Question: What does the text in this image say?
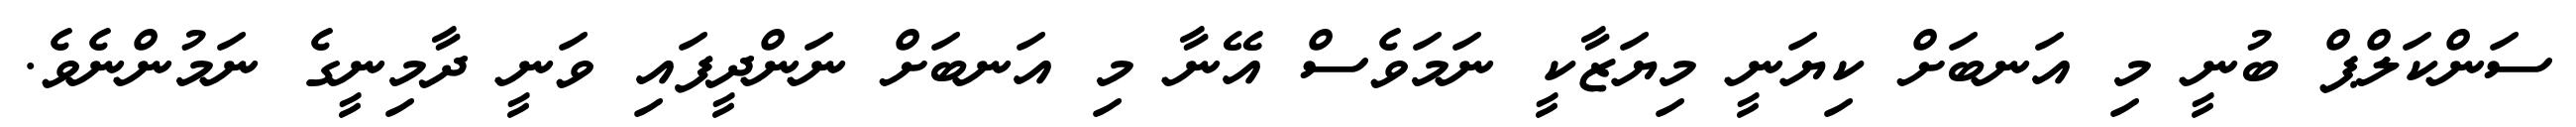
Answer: ސަންކަލްޕް ބުނީ މި އަނބަށް ކިޔަނީ މިޔަޒާކީ ނަމަވެސް އޭނާ މި އަނބަށް ނަންދީފައި ވަނީ ދާމިނީގެ ނަމުންނެވެ.